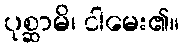
ပုစ္ဆာမိ၊ ငါမေး၏။